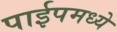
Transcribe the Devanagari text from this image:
पाईपमध्ये